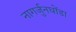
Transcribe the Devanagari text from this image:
नागर्जुनघोंडा